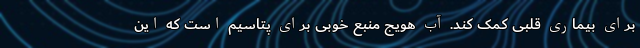
برای بیماری قلبی کمک کند. آب هویج منبع خوبی برای پتاسیم است که این